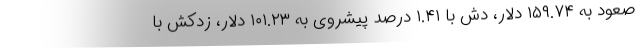
صعود به ۱۵۹.۷۴ دلار، دش با ۱.۴۱ درصد پیشروی به ۱۰۱.۲۳ دلار، زدکش با